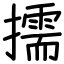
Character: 擩